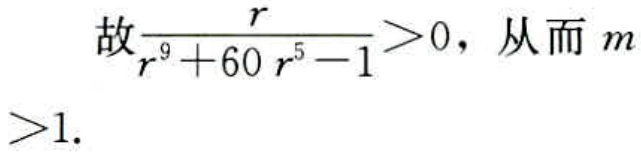
故$\frac{r}{r^{9}+60r^{5}-1}>0$，从而$m>1$.